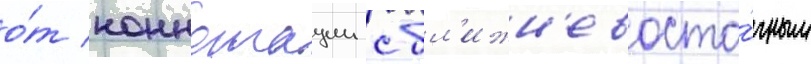
о́т коннотации с бл'ижн'евосто́чным